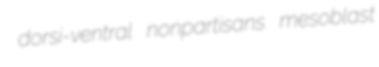
dorsi-ventral nonpartisans mesoblast